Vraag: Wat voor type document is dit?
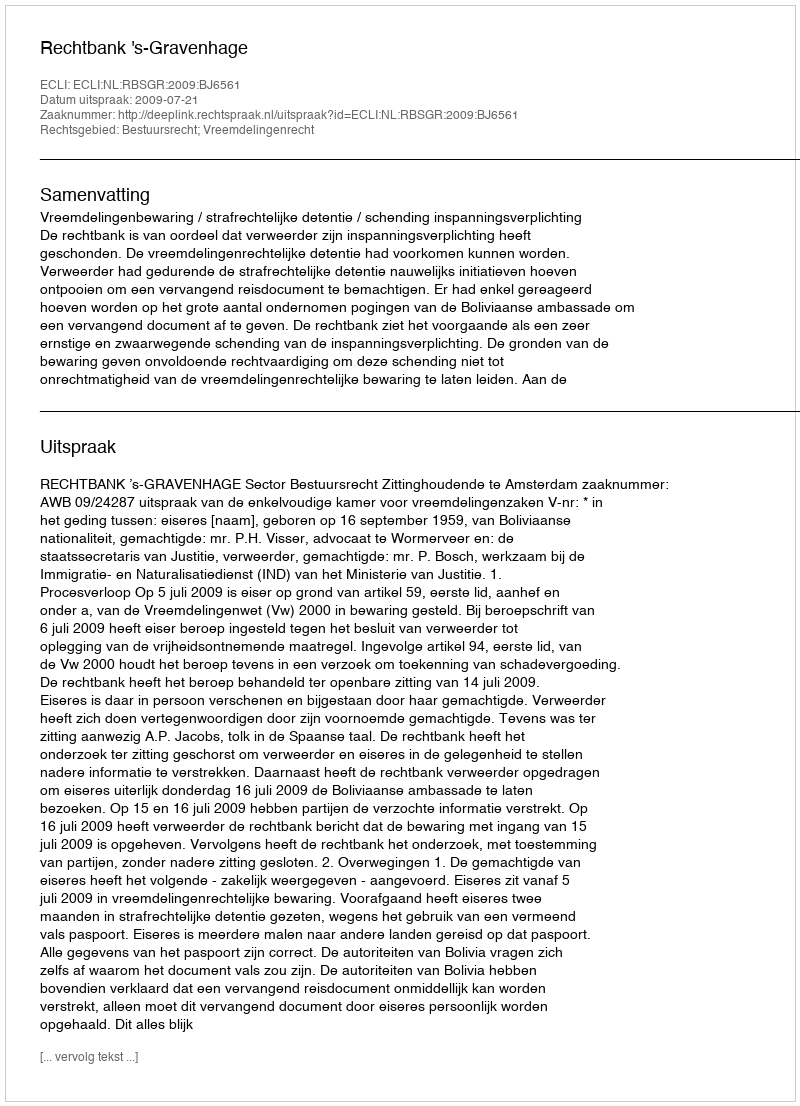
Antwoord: Uitspraak